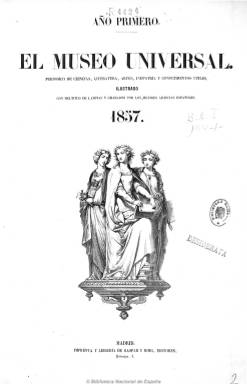
Título: El Museo universal
Colección: Semanarios de amenidades
Ámbito geográfico: Madrid
Lugar de publicación: Madrid
Fechas: 15/01/1857-28/11/1869

Considerada como la principal revista ilustrada española de mediados el siglo XIX –junto al Museo de las familias (1843-1870)-, que tomará el relevo del Semanario pintoresco español (1836-1857) y La ilustración (1849-1857). Fundada y dirigida por el artista-grabador José Gaspar Maristany que, junto al también catalán José Roig Oliveras, había establecido en 1845 una de las más avanzadas imprentas, editoriales y librerías madrileñas, Casa Editorial. Aparece el 15 de enero de 1857, al principio con frecuencia quincenal y, a partir de 1860, semanal, en números de ocho páginas y a tres columnas, como “periódico de ciencias, literatura, artes, industria y conocimientos útiles” e “ilustrado por los mejores artistas españoles con multitud de láminas y grabados”.

Se trata, pues de una revista de carácter enciclopédico con artículos variados de costumbres, historia, viajes, arqueología, bellas artes, teatro, biografía, bibliografía, etc., pero también de creación literaria, tanto en prosa como en verso, así como traducciones, entre las que destacan la del poeta Heinrich Heine o la de un Edgar Allan Poe. Junto a los textos insertará grabados en madera, adoptando los más modernos sistemas de estampación que existían entonces en Europa. Para Gómez Aparicio, la imagen empezaría a formar parte ya de la noticia, juicio que comparte Mari Cruz Seoane, al señalar que se estaría ya ante un periodismo gráfico más que ilustrado, a pesar de que la actualidad tanto en sus textos como en sus ilustraciones no sea la principal materia prima de sus contenidos.

Como director literario de la revista se puso al frente el segoviano Nemesio Fernández Cuesta y Picatoste (1818-1893), quien tras intentar introducirle un matiz político fue relevado por León Galindo de Vera. Se dieron cita en sus páginas eminentes literatos y periodistas de la época, como Pedro Antonio de Alarcón, Manuel del Palacio, José Zorrilla, Antonio Ribot y Fontseré, Ventura Ruiz Aguilera, Florencio Janer, Emilio Castelar, Francisco Pi y Margall, Gaspar Núñez de Arce, Darío Céspedes o Carlos Rubio, entre otros muchos.

En 1866 se hará cargo de la dirección literaria Gustavo Adolfo Bécquer, un protegido de Luis González Bravo, quien publicará en sus páginas algunas de sus célebres Rimas, a la vez que será el autor de Revista de actualidad, una sección que estará presente en toda la vida de la publicación como especie de crónica de actualidad. Al conservador poeta romántico le sucederá el también poeta Ventura Ruiz de Aguilera, y en 1868, tras estallar la septembrina, Francisco Giner de los Ríos.

La revista de Gaspar y Roig fue una auténtica escuela de grabadores, al frente de los cuales estuvo Bernardo Rico. Entre estos dibujantes e ilustradores estuvo Valeriano Bécquer (hermano del poeta), Francisco Ortego, Daniel Urrabieta, Dionisio Noguer, Antonio Manchón, Arturo Carretero, Marcelo París, Bernardo Blanco, Martín Rico, F. Laporta, Capuz, Avendaño o los hermanos Alfredo y Daniel Perea. Además, reproducirá grabados de las principales revistas extranjeras.

Decenas de retratos, paisajes, tipos costumbristas, monumentos, edificios, escenas populares, urbanas y alegóricas, etc., quedarán estampadas en las páginas de una revista, cuya suscripción fue relativamente cara y que llegará a absorber a Semanario popular (1862-1865), y que también fue conocida por la edición de sus famosos almanaques o calendarios anuales, en donde abundaron las ilustraciones de los dibujantes y los textos de los escritores de la época.

Después de trece años, publicará su último número el 28 de noviembre de 1869, tras pasar su propiedad a manos de Abelardo de Carlos, que antes de que acabe ese año la sustituye por la gran revista española del XIX: La ilustración española y americana (1869-1921), cuyos primeros números mencionará a la ya desaparecida publicación en su subtitulo, aunque la mayor parte de su redacción quedará fuera.

Su colección está formada por trece volúmenes, cada uno de ellos con la recopilación anual de sus sumarios. Elena Pérez Ríos elaboró sus índices en 1952 y, en 1955, John E. Engelkirck realizó su primer estudio.

[Descripción modificada el 04/10/2021]